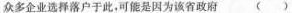
众多企业选择落户于此，可能是因为该省政府 （ ）